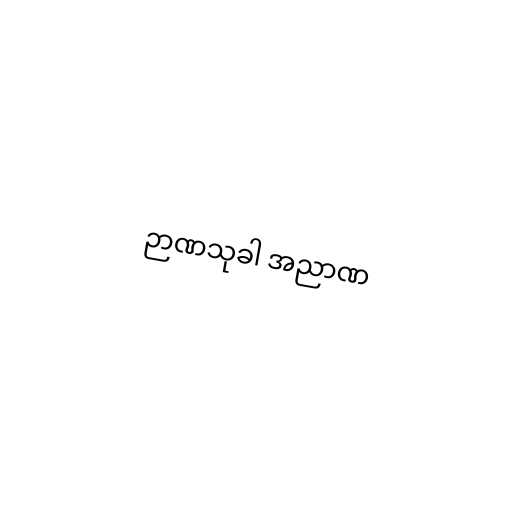
ဉာဏသုခါ အညာဏ